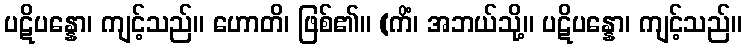
ပဋိပန္နော၊ ကျင့်သည်။ ဟောတိ၊ ဖြစ်၏။ (ကိံ၊ အဘယ်သို့။ ပဋိပန္နော၊ ကျင့်သည်။